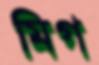
মিগ